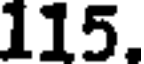
115.